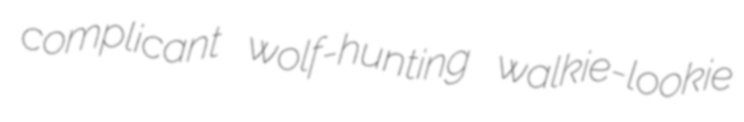
complicant wolf-hunting walkie-lookie